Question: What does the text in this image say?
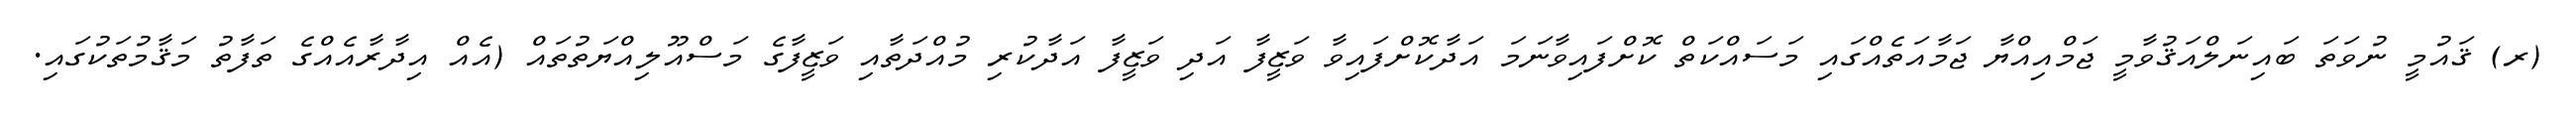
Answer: (ރ) ޤައުމީ ނުވަތަ ބައިނަލްއަޤުވާމީ ޖަމްއިއްޔާ ޖަމާއަތެއްގައި މަސައްކަތް ކޮށްފައިވާނަމަ އަދާކޮށްފައިވާ ވަޒީފާ އަދި ވަޒީފާ އަދާކުރި މުއްދަތާއި ވަޒީފާގެ މަސްއޫލިއްޔަތުތައް (އެއް އިދާރާއެއްގެ ތަފާތު މަޤާމުތަކުގައި.